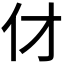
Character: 𠆫